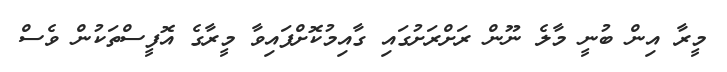
މީރާ އިން ބުނީ މާލެ ނޫން ރަށްރަށުގައި ގާއިމުކޮށްފައިވާ މީރާގެ އޮފީސްތަކުން ވެސް